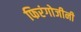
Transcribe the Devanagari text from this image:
फिरंगोजीनी